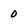
Character: 0